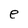
Character: e